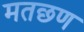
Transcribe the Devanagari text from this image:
मतछण